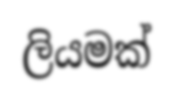
ලියමක්